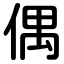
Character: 偶